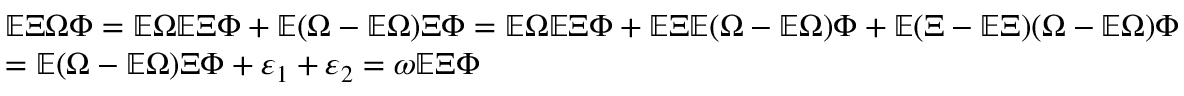
\begin{array} { r l } & { \mathbb { E } \Xi \Omega \Phi = \mathbb { E } \Omega \mathbb { E } \Xi \Phi + \mathbb { E } ( \Omega - \mathbb { E } \Omega ) \Xi \Phi = \mathbb { E } \Omega \mathbb { E } \Xi \Phi + \mathbb { E } \Xi \mathbb { E } ( \Omega - \mathbb { E } \Omega ) \Phi + \mathbb { E } ( \Xi - \mathbb { E } \Xi ) ( \Omega - \mathbb { E } \Omega ) \Phi } \\ & { = \mathbb { E } ( \Omega - \mathbb { E } \Omega ) \Xi \Phi + \varepsilon _ { 1 } + \varepsilon _ { 2 } = \omega \mathbb { E } \Xi \Phi } \end{array}